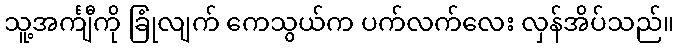
သူ့အင်္ကျီကို ခြုံလျက် ကေသွယ်က ပက်လက်လေး လှန်အိပ်သည်။